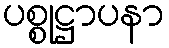
ပစ္စုဋ္ဌာပနာ